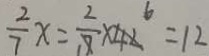
\frac { 2 } { 7 } x = \frac { 2 } { 7 } \times 4 2 = 1 2